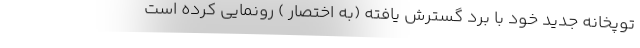
توپخانه جدید خود با برد گسترش یافته (به اختصار ) رونمایی کرده است